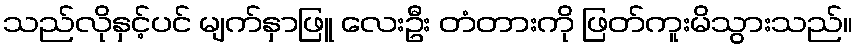
သည်လိုနှင့်ပင် မျက်နှာဖြူ လေးဦး တံတားကို ဖြတ်ကူးမိသွားသည်။